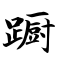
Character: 蹰